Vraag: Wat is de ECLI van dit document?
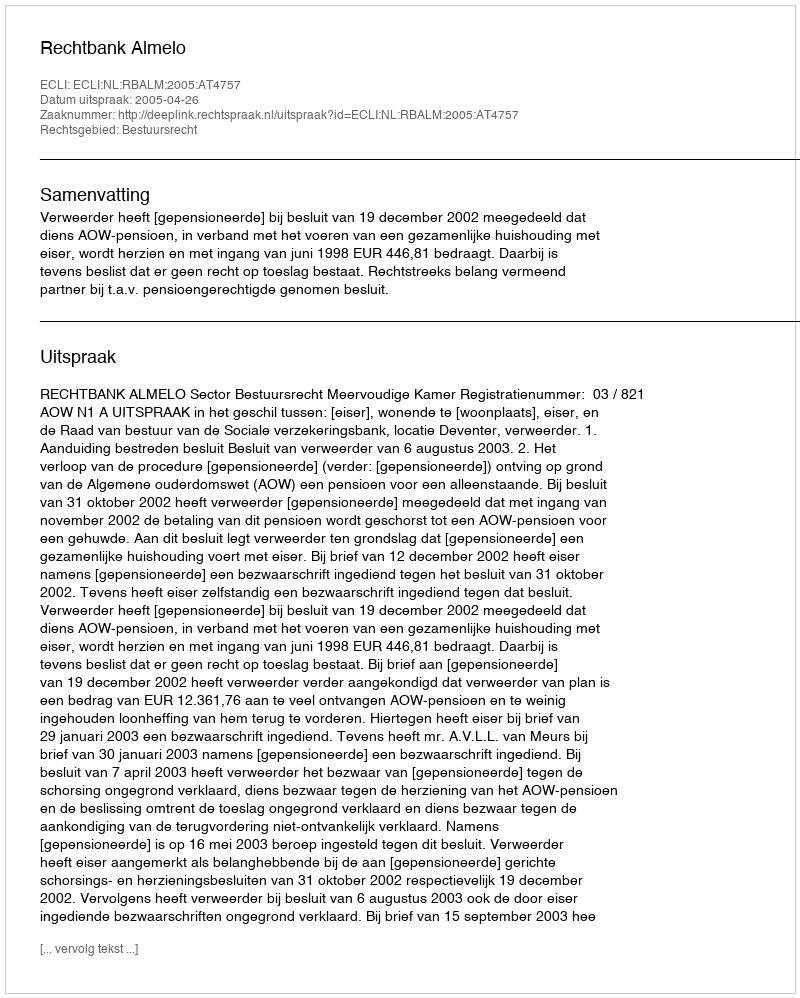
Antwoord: ECLI:NL:RBALM:2005:AT4757